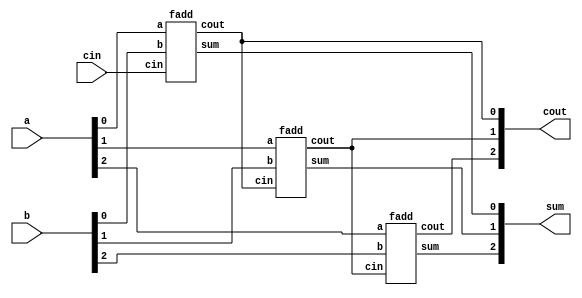
module top_module( 
    input [2:0] a, b,
    input cin,
    output [2:0] cout,
    output [2:0] sum );
    
    fadd a1 ( a[0], b[0], cin, cout[0], sum[0] );
    fadd a2 ( a[1], b[1], cout[0], cout[1], sum[1] );
    fadd a3 ( a[2], b[2], cout[1], cout[2], sum[2] );

endmodule

module fadd (
    input a, b, cin,
    output cout, sum
);
    
    assign sum = a ^ b ^ cin;
    assign cout = a & b | a & cin | b & cin;
    
endmodule